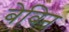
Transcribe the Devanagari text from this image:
बेविन